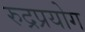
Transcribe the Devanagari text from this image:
रुद्रप्रयोग